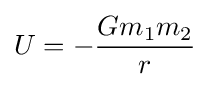
U=-{\frac {Gm_{1}m_{2}}{r}}